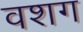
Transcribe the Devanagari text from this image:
वशग